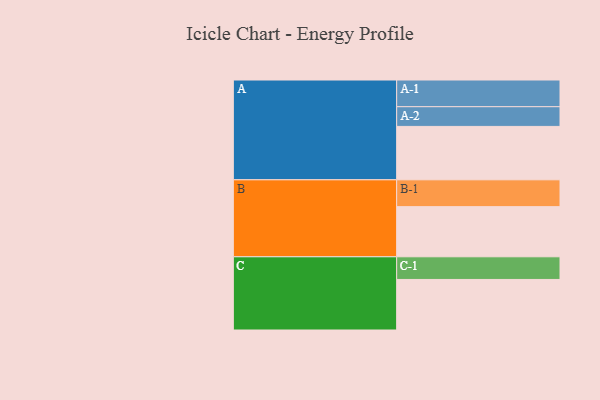
{"axis": {"x": "Segment", "y": "Value"}, "legend": ["", "A", "B", "C"], "data": [{"x": "A", "y": 556, "type": ""}, {"x": "B", "y": 522, "type": ""}, {"x": "C", "y": 526, "type": ""}, {"x": "A-1", "y": 278, "type": "A"}, {"x": "A-2", "y": 205, "type": "A"}, {"x": "B-1", "y": 279, "type": "B"}, {"x": "C-1", "y": 236, "type": "C"}]}